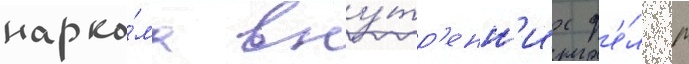
нарко́ма вну́тр'енн'их д'е́л м